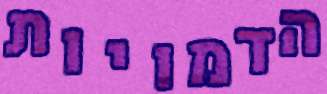
הדמויות